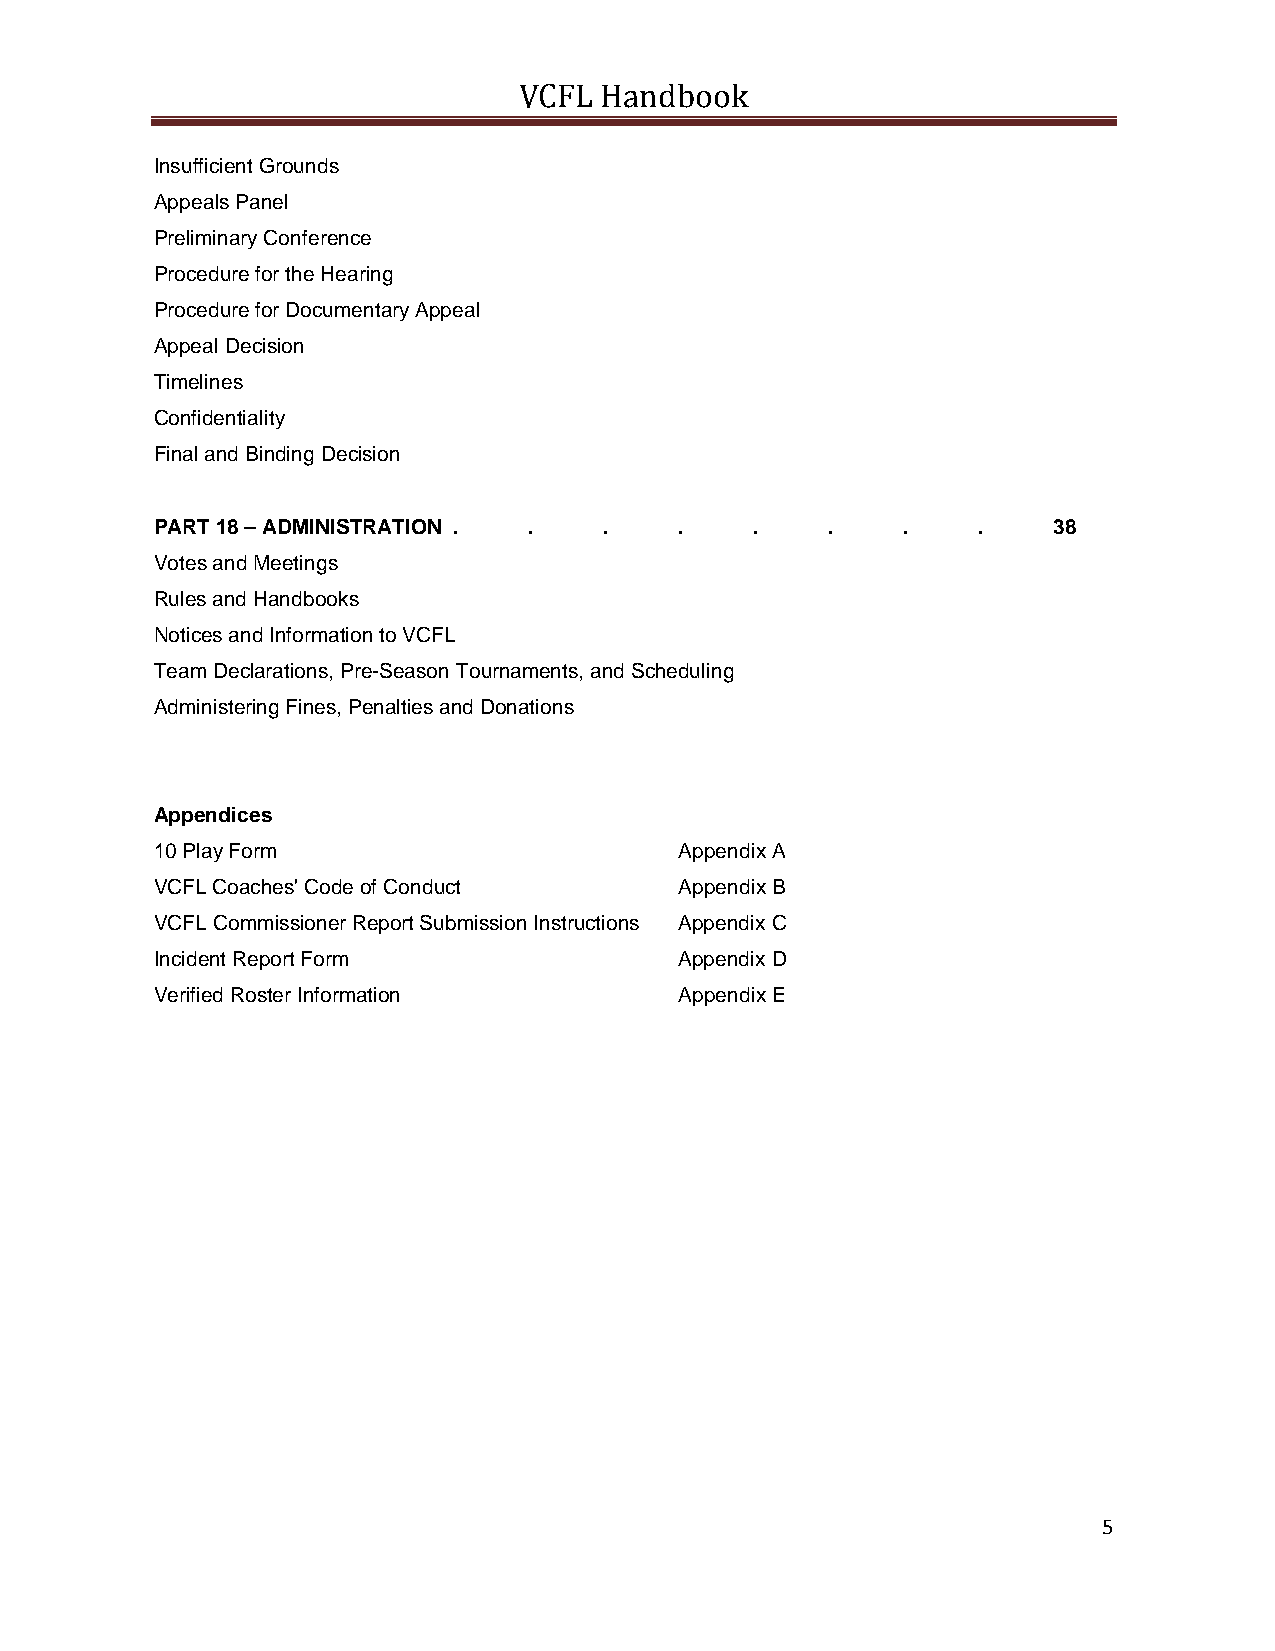
VCFL  Handbook
 Insufficient Grounds
 Appeals Panel
 Preliminary Conference
 Procedure for the Hearing
 Procedure for Documentary Appeal
 Appeal Decision
 Timelines
 Confidentiality
 Final and Binding Decision
 PART 18 – ADMINISTRATION . .  .    .    .    .    .    .    38
 Votes and Meetings
 Rules and Handbooks
 Notices and Information to VCFL
 Team Declarations, Pre-Season Tournaments, and Scheduling
 Administering Fines, Penalties and Donations
 Appendices
 10 Play Form                       Appendix A
 VCFL Coaches' Code of Conduct      Appendix B
 VCFL Commissioner Report Submission Instructions Appendix C
 Incident Report Form               Appendix D
 Verified Roster Information        Appendix E
 5